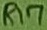
Text: R17